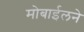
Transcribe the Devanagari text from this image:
मोबाईलने